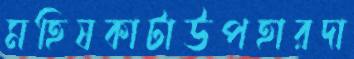
মহিষকাটাউপহারদা